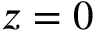
z = 0